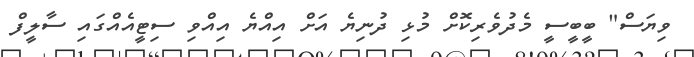
ވިޔަސް" ބީބީސީ މެދުވެރިކޮށް މުޅި ދުނިޔެ އަށް އިއްޔެ އިއްވި ސިޓީއެއްގައި ސާލީފް